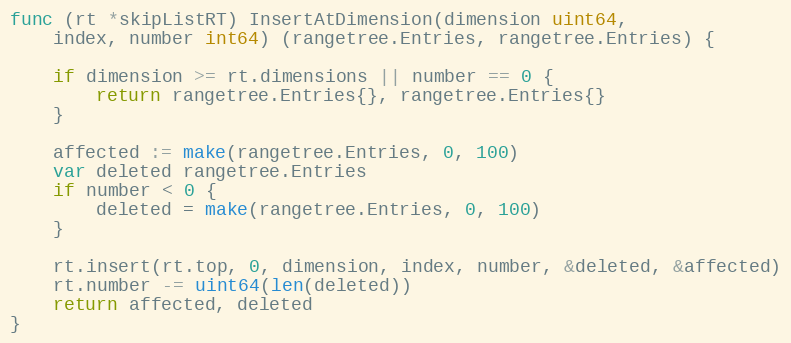
Language: Go
func (rt *skipListRT) InsertAtDimension(dimension uint64,
	index, number int64) (rangetree.Entries, rangetree.Entries) {

	if dimension >= rt.dimensions || number == 0 {
		return rangetree.Entries{}, rangetree.Entries{}
	}

	affected := make(rangetree.Entries, 0, 100)
	var deleted rangetree.Entries
	if number < 0 {
		deleted = make(rangetree.Entries, 0, 100)
	}

	rt.insert(rt.top, 0, dimension, index, number, &deleted, &affected)
	rt.number -= uint64(len(deleted))
	return affected, deleted
}